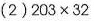
(2)$$2 0 3 × 3 2$$